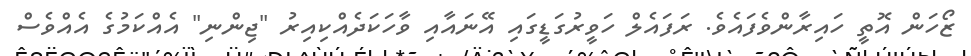
ޒޯހަން އޮތީ ހައިރާންވެފައެވެ. ރަފައެލް ހަވީރުގަޑީގައި އޭނައާއި ވާހަކަދެއްކިއިރު "ޖިންނި" އެއްކަމުގެ އެއްވެސް